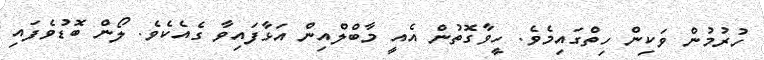
ހުރުމުން ވަކިން ހިތްގައިމެވެ. ހީވާގޮތުން އެއީ މާބްލްއިން އަޅާފައިވާ ގެއެކެވެ. ލޯން ބޮޑުވެފައި